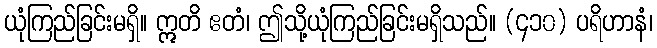
ယုံကြည်ခြင်းမရှိ။ ဣတိ ဧတံ၊ ဤသို့ယုံကြည်ခြင်းမရှိသည်။ (၄၁၀) ပရိဟာနံ၊